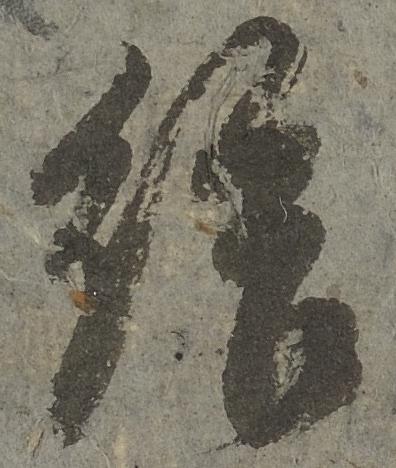
給